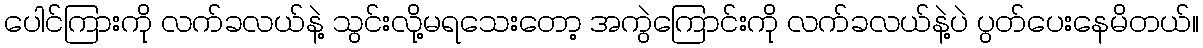
ပေါင်ကြားကို လက်ခလယ်နဲ့ သွင်းလို့မရသေးတော့ အကွဲကြောင်းကို လက်ခလယ်နဲ့ပဲ ပွတ်ပေးနေမိတယ်။